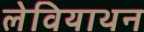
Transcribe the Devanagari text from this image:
लेवियाथन